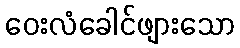
ဝေးလံခေါင်ဖျားသော